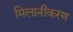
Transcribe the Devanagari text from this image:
मिलानीकरण